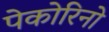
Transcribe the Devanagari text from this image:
पेकोरिनो